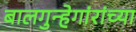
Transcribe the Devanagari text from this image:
बालगुन्हेगांरांच्या